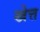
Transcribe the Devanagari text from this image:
खेत्त